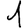
Digit: 1